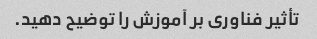
تأثیر فناوری بر آموزش را توضیح دهید.